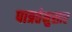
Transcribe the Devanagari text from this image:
पात्रतेनुसार